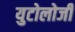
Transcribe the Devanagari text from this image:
युटोलोजी